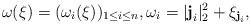
\begin{align*}\omega({\xi})=(\omega_i(\xi))_{1\leq i\leq n}, \omega_i=|\textbf{j}_i|_2^2+\xi_{\textbf{j}_i},\end{align*}